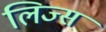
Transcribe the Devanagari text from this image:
लिज्स